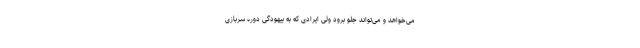
می‌خواهد و می‌تواند جلو برود ولی ایرادی که به بیهودگی دوره سربازی